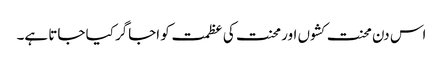
اس دن محنت کشوں اور محنت کی عظمت کو اجاگر کیا جاتا ہے۔